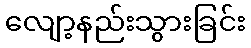
လျော့နည်းသွားခြင်း